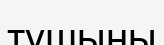
тұшыны